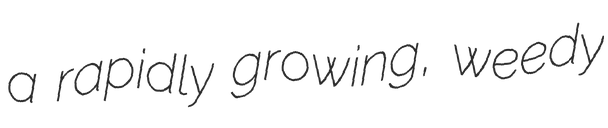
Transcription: a rapidly growing, weedy